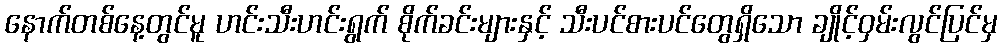
နောက်တစ်နေ့တွင်မူ ဟင်းသီးဟင်းရွက် စိုက်ခင်းများနှင့် သီးပင်စားပင်တွေရှိသော ချိုင့်ဝှမ်းလွင်ပြင်မှ